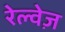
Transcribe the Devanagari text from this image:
रेल्वेज़